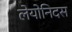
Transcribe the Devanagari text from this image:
लेयोनिदस